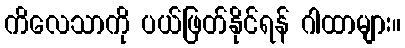
ကိလေသာကို ပယ်ဖြတ်နိုင်ရန် ဂါထာများ။